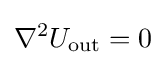
\nabla ^{2}U_{\text{out}}=0